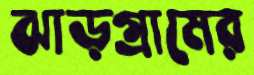
ঝাড়গ্রামের